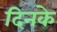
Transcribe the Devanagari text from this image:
दिनके